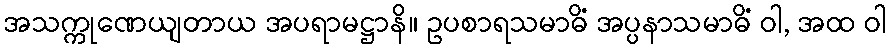
အသက္ကုဏေယျတာယ အပရာမဋ္ဌာနိ။ ဥပစာရသမာဓိံ အပ္ပနာသမာဓိံ ဝါ, အထ ဝါ